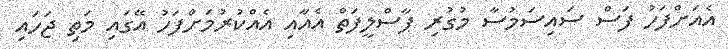
އެއަށްފަހު ފަސް ސައިސަމުސާ މުގުރި ޕާސްލީފަތް އެއާއި އެއްކުރުމަށްފަހު އޭގައި މަތި ޖަހައި